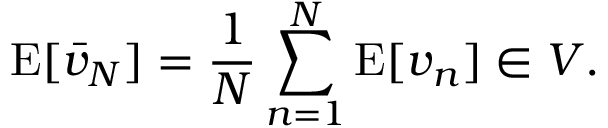
\operatorname { E } [ { \bar { v } } _ { N } ] = { \frac { 1 } { N } } \sum _ { n = 1 } ^ { N } \operatorname { E } [ v _ { n } ] \in V .